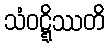
သံဝဋ္ဋိဿတိ